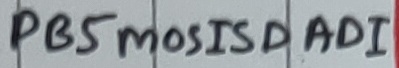
Text: PB5mosISDAD1